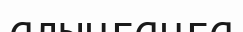
алынғанға